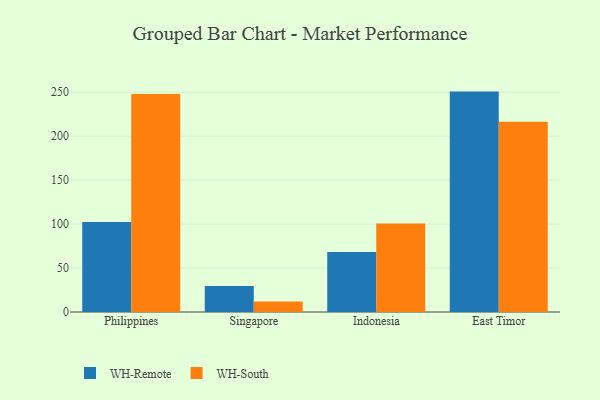
{"axis": {"x": "Country", "y": "Satisfaction Score"}, "legend": ["WH-Remote", "WH-South"], "data": [{"x": "Philippines", "y": 102.4, "type": "WH-Remote"}, {"x": "Philippines", "y": 248.1, "type": "WH-South"}, {"x": "Singapore", "y": 29.7, "type": "WH-Remote"}, {"x": "Singapore", "y": 11.9, "type": "WH-South"}, {"x": "Indonesia", "y": 68.3, "type": "WH-Remote"}, {"x": "Indonesia", "y": 100.8, "type": "WH-South"}, {"x": "East Timor", "y": 250.7, "type": "WH-Remote"}, {"x": "East Timor", "y": 216.4, "type": "WH-South"}]}